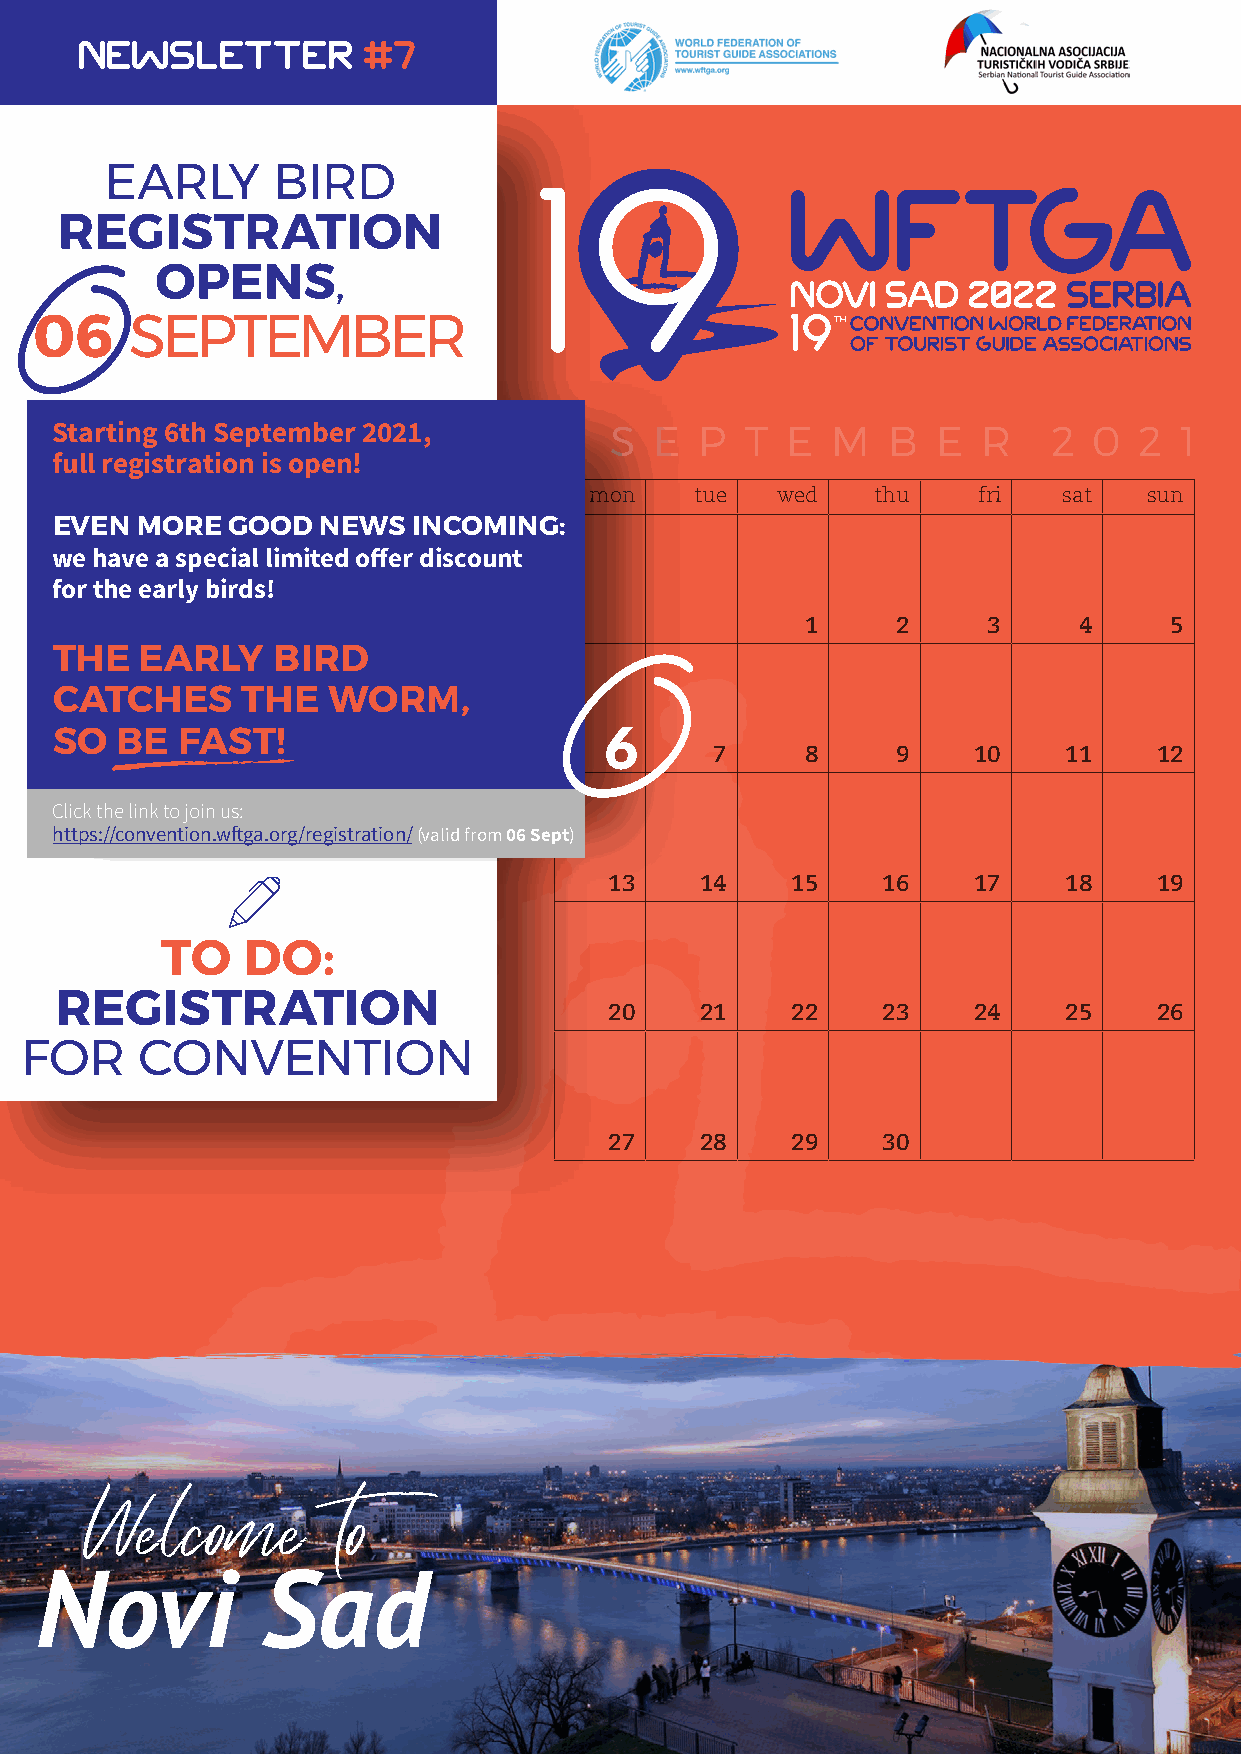
newsletter         #7
 EARLY      BIRD
 REGISTRATION
 OPENS,
 06     SEPTEMBER
 Starting 6th September 2021,         S  E  P  T  E  M   B  E  R    2 0  2  1
 full registration is open!
 mon    tue  wed    thu    fri  sat   sun
 EVEN  MORE  GOOD  NEWS  INCOMING:
 we have a special limited offer discount
 for the early birds!
 1     2     3     4     5
 THE   EARLY    BIRD
 CATCHES      THE   WORM,
 6
 SO   BE  FAST!
 7     8     9    10    11     12
 Click the link to join us:
 https://convention.wftga.org/registration/ (valid from 06 Sept)
 13    14    15    16    17    18     19
 TO   DO:
 REGISTRATION
 20    21    22    23    24    25     26
 FOR     CONVENTION
 27    28    29    30
 Welcome         to
 Novi           Sad